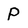
Character: P